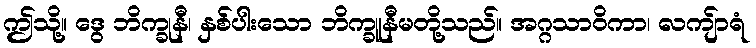
ဤသို့။ ဒွေ ဘိက္ခုနီ၊ နှစ်ပါးသော ဘိက္ခူနီမတို့သည်။ အဂ္ဂသာဝိကာ၊ လကျ်ာရံ